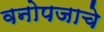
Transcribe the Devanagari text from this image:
वनोपजाचे